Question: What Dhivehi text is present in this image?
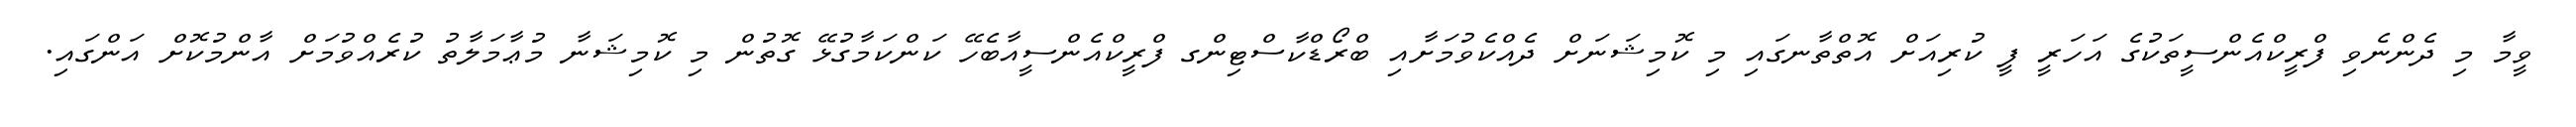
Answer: ވީމާ މި ދެންނެވި ފްރީކްއެންސީތަކުގެ އަހަރީ ފީ ކުރިއަށް އޮތްތާނގައި މި ކޮމިޝަނަށް ދެއްކެވުމަށާއި ބްރޯޑްކާސްޓިންގ ފްރީކްއެންސީއާބެހޭ ކަންކަމާގުޅޭ ގޮތުން މި ކޮމިޝަނާ މުޢާމަލާތު ކުރެއްވުމަށް އާންމުކޮށް އަންގައި.